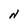
Character: N